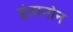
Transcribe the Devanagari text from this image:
इंतानोन